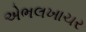
એભલખાચર